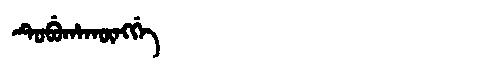
Manchu: ᡨᡠᠪᡠᡥᠠᡴᡡᠩᡤᡝ
Romanization: TUBUHAKŪNGGE